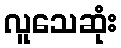
လူသေဆုံး